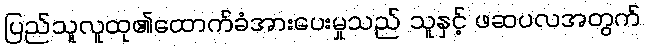
ပြည်သူလူထု၏ထောက်ခံအားပေးမှုသည် သူနှင့် ဖဆပလအတွက်